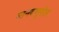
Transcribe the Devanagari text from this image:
मानवभूगोल